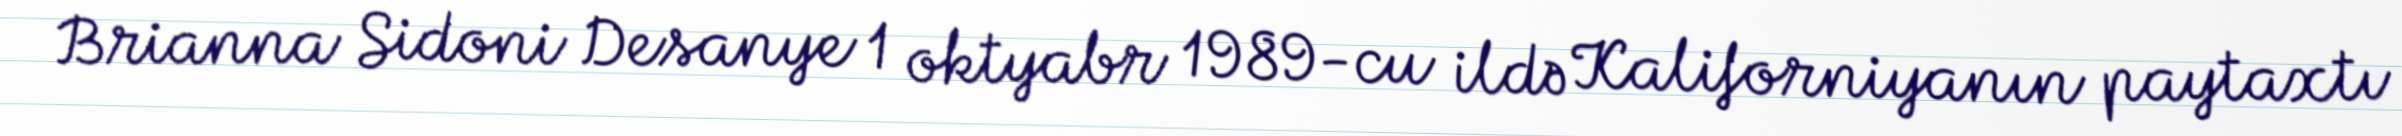
Brianna Sidoni Desanye 1 oktyabr 1989-cu ildə Kaliforniyanın paytaxtı